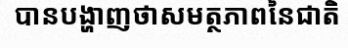
បានបង្ហាញថាសមត្ថភាពនៃជាតិ